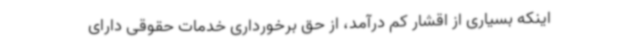
اینکه بسیاری از اقشار کم درآمد، از حق برخورداری خدمات حقوقی دارای